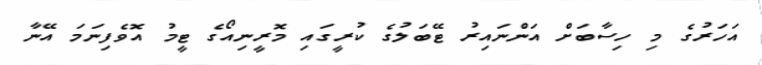
އަހަރުގެ މި ހިސާބަށް އަންނައިރު ޓޭބަލުގެ ކުރީގައި މޮރީނިއޯގެ ޓީމު އޮވެފިނަމަ އޭނާ